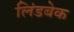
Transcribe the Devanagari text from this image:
लिंडबेक